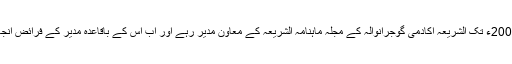
1989ء سے 2000ء تک الشریعہ اکادمی گوجرانوالہ کے مجلہ ماہنامہ الشریعہ کے معاون مدیر رہے اور اب اس کے باقاعدہ مدیر کے فرائض انجام دے رہے ہیں۔